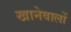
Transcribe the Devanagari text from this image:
खानेवालों